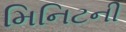
મિનિટની